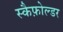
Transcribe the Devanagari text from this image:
स्कैफ़ोल्डर